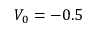
V _ { 0 } = - 0 . 5